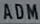
ADMA